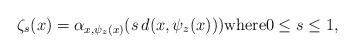
LaTeX: \begin{align*} \zeta_s(x)=\alpha_{x,\psi_z(x)}(s\,d(x,\psi_z(x))) \textrm{where} 0 \le s \le 1,\end{align*}